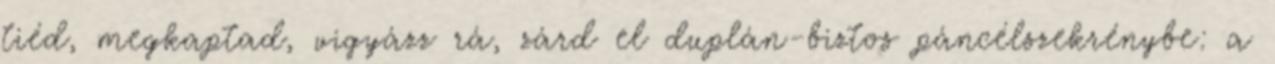
tiéd, megkaptad, vigyázz rá, zárd el duplán-biztos páncélszekrénybe: a